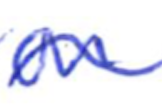
Text: on
Cross-out: wave
Writing tool: ballpoint